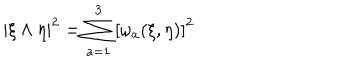
LaTeX: | \xi \wedge \eta | ^ { 2 } = \sum _ { a = 1 } ^ { 3 } \left[ \omega _ { a } ( \xi , \eta ) \right] ^ { 2 }